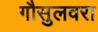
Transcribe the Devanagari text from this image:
गौसुलवरा